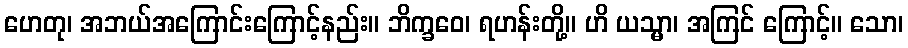
ဟေတု၊ အဘယ်အကြောင်းကြောင့်နည်း။ ဘိက္ခဝေ၊ ရဟန်းတို့။ ဟိ ယသ္မာ၊ အကြင် ကြောင့်။ သော၊